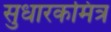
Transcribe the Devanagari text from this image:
सुधारकमित्र